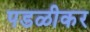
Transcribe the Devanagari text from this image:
पडळीकर